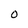
Character: O